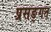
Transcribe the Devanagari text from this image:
प्रसङ्गत